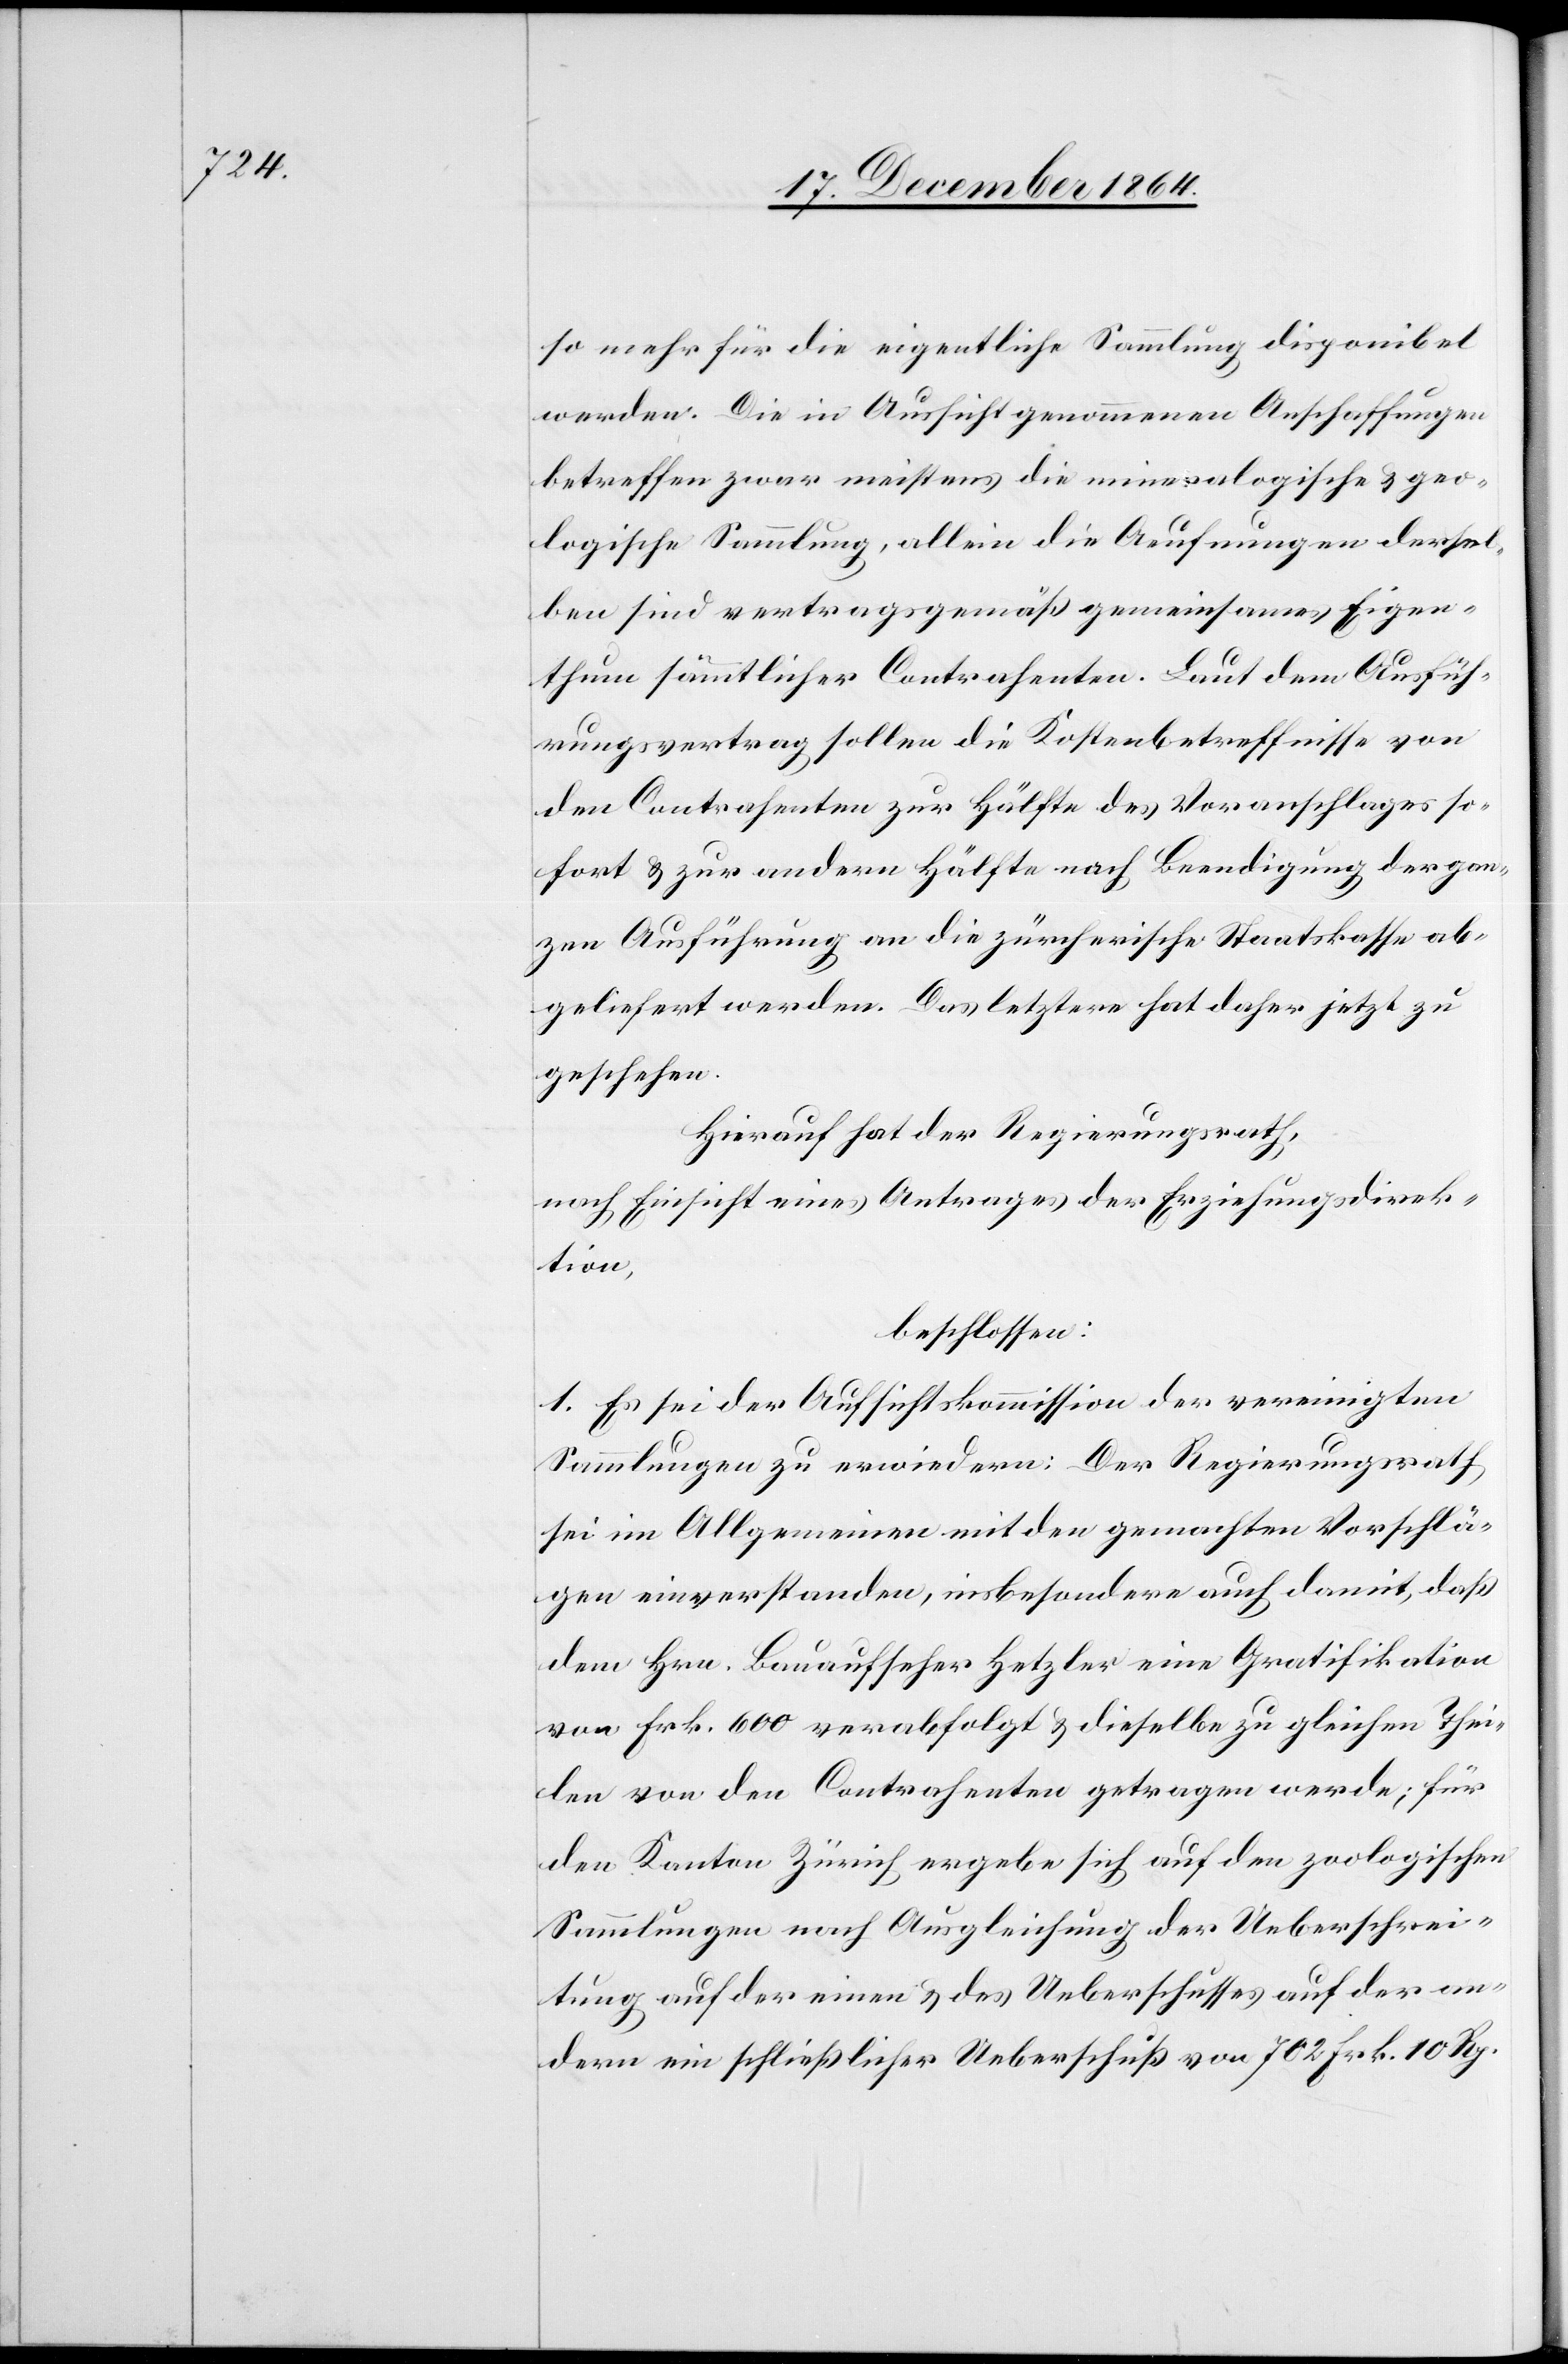
so mehr für die eigentliche Sammlung disponibel
werden. Die in Aussicht genommenen Anschaffungen
betreffen zwar meistens die mineralogische & geo¬
logische Sammlung, allein die Aeufnungen dersel¬
ben sind vertragsgemäß gemeinsames Eigen¬
thum sämmtlicher Contrahenten. Laut dem Ausfüh¬
rungsvertrag sollen die Kostenbetreffnisse von
den Contrahenten zur Hälfte des Voranschlages so¬
fort & zur andern Hälfte nach Beendigung der gan¬
zen Ausführung an die zürcherische Staatskasse ab¬
geliefert werden. Das letztere hat daher jetzt zu
geschehen.
Hierauf hat der Regierungsrath,
nach Einsicht eines Antrages der Erziehungsdirek¬
tion,
beschlossen:
1. Es sei der Aufsichtskommission der vereinigten
Sammlungen zu erwiedern: Der Regierungsrath
sei im Allgemeinen mit den gemachten Vorschlä¬
gen einverstanden, insbesondere auch damit, daß
dem Hrn. Bauaufseher Hetzler eine Gratifikation
von Frk. 600 verabfolgt & dieselbe zu gleichen Thei¬
len von den Contrahenten getragen werde; für
den Kanton Zürich ergebe sich auf den zoologischen
Sammlungen nach Ausgleichung der Ueberschrei¬
tung auf der einen & des Ueberschusses auf der an¬
dern ein schließlicher Ueberschuß von 702 Frk. 10 Rp.